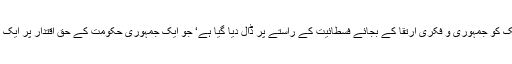
ایسا دکھائی دے رہا ہے کہ ملک کو جمہوری و فکری ارتقا کے بجائے فسطائیت کے راستے پر ڈال دیا گیا ہے‘ جو ایک جمہوری حکومت کے حقِ اقتدار پر ایک بڑا سوالیہ نشان کھڑا کرتا ہے۔